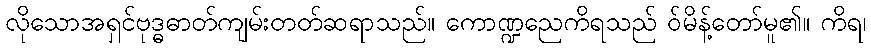
လိုသောအရှင်ဗုဒ္ဓဓာတ်ကျမ်းတတ်ဆရာသည်။ ကောဏ္ဍညေကိရသည် ဝ်မိန့်တော်မူ၏။ ကိရ၊